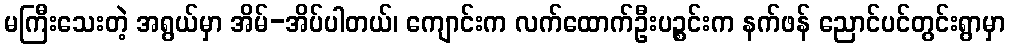
မကြီးသေးတဲ့ အရွယ်မှာ အိမ်-အိပ်ပါတယ်၊ ကျောင်းက လက်ထောက်ဦးပဉ္စင်းက နက်ဖန် ညောင်ပင်တွင်းရွာမှာ